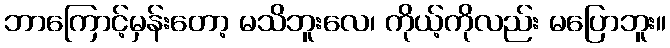
ဘာကြောင့်မှန်းတော့ မသိဘူးလေ၊ ကိုယ့်ကိုလည်း မပြောဘူး။